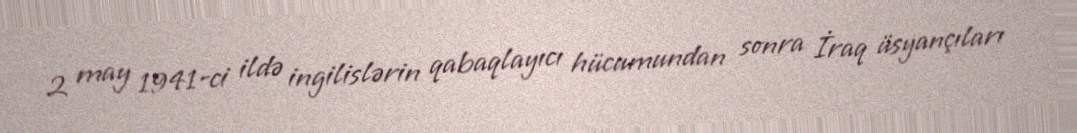
2 may 1941-ci ildə ingilislərin qabaqlayıcı hücumundan sonra İraq üsyançıları